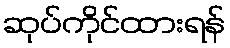
ဆုပ်ကိုင်ထားရန်